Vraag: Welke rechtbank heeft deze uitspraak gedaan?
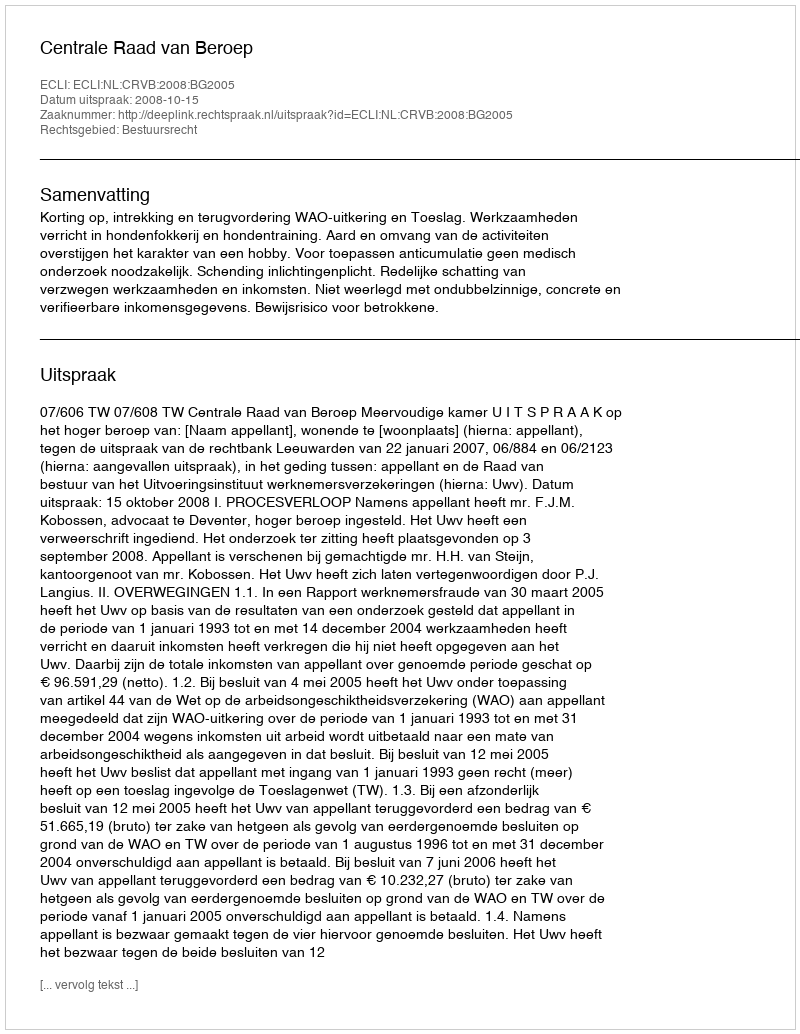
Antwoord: Centrale Raad van Beroep